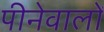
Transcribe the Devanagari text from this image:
पीनेवालों